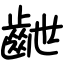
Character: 齛